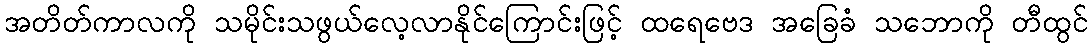
အတိတ်ကာလကို သမိုင်းသဖွယ်လေ့လာနိုင်ကြောင်းဖြင့် ထရေဗေဒ အခြေခံ သဘောကို တီထွင်